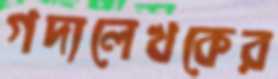
গদ্যলেখকের